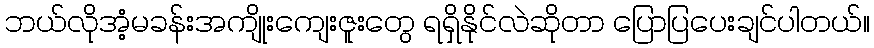
ဘယ်လိုအံ့မခန်းအကျိုးကျေးဇူးတွေ ရရှိနိုင်လဲဆိုတာ ပြောပြပေးချင်ပါတယ်။